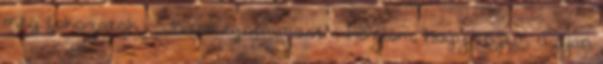
még fokozatok. - Jódemégnemmost - közlöm, hogy engem ugyan